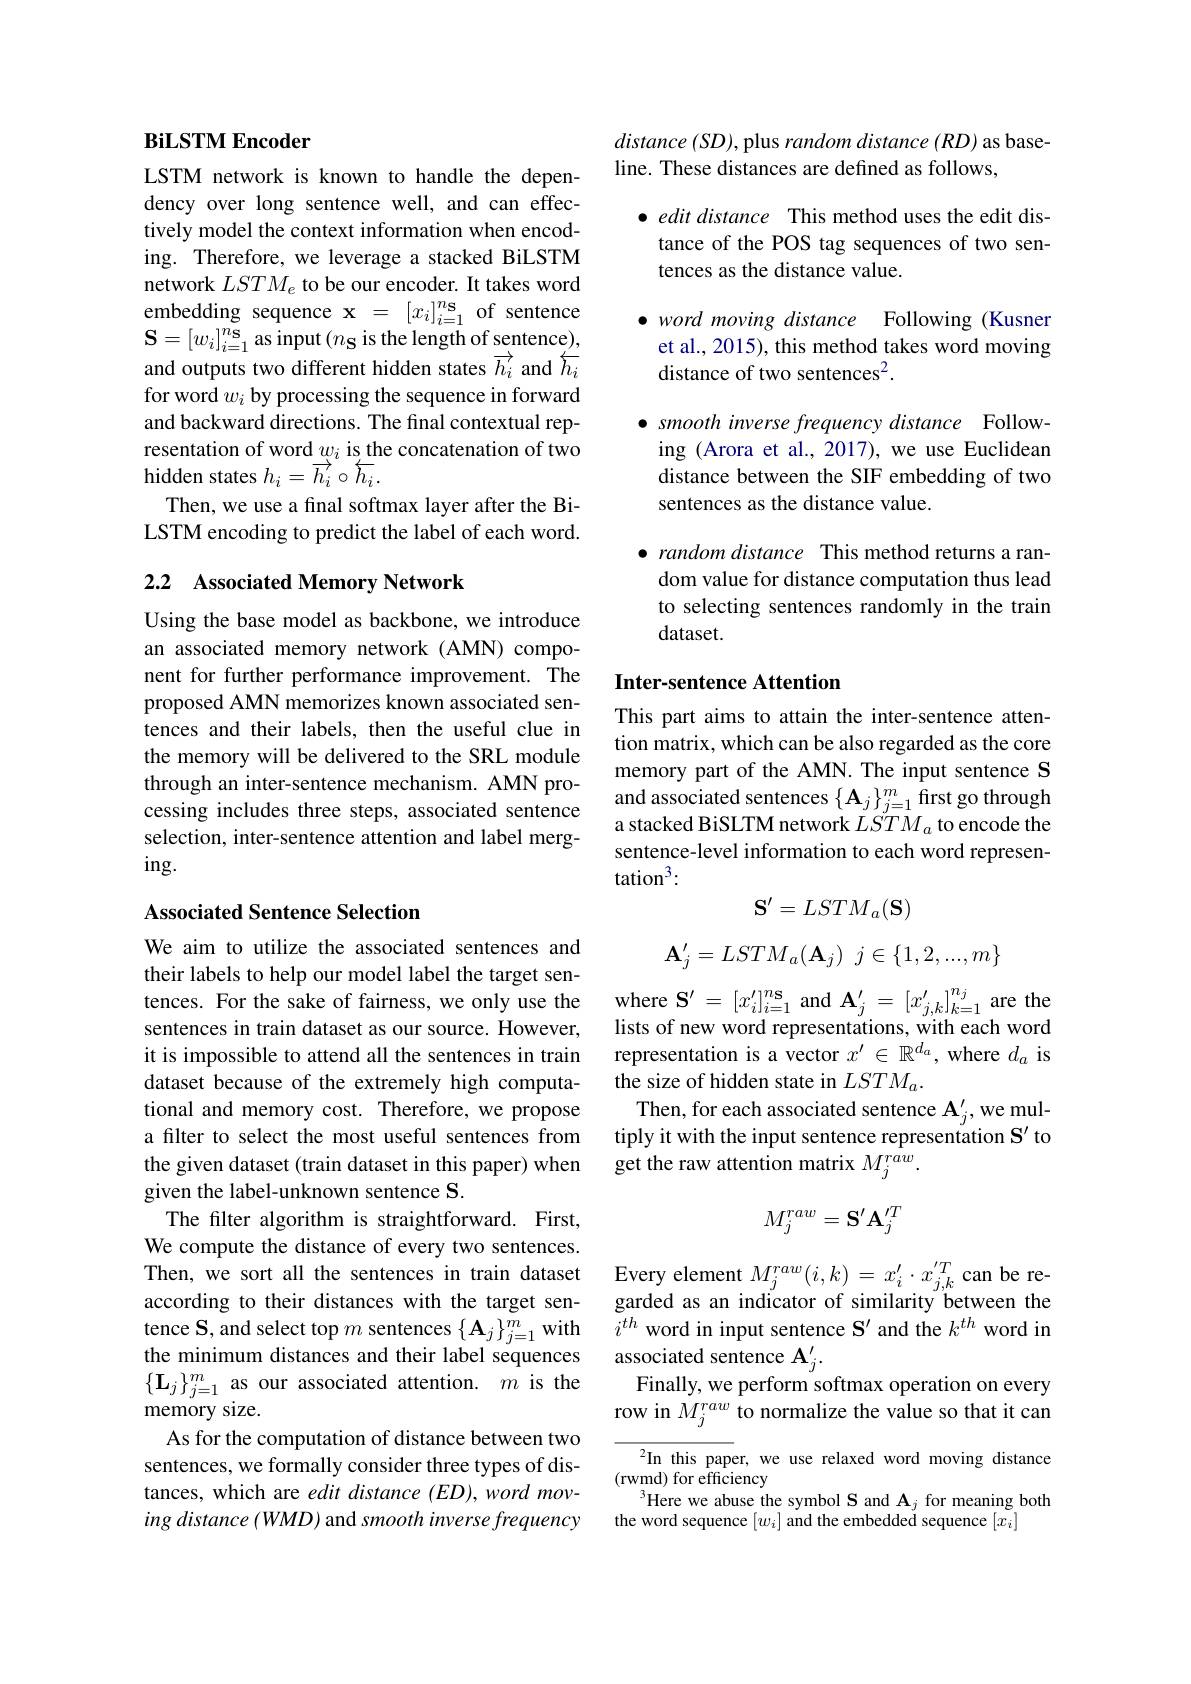
BiLSTM Encoder

LSTM network is known to handle the dependency over long sentence well, and can effectively model the context information when encoding. Therefore, we leverage a stacked BiLSTM network $LSTM_e$ to be our encoder. It takes word embedding sequence x = [ $x_{i}] _{i= 1}^{n\mathbf{s} }$ of sentence $\mathbf{S}=[w_{i}]_{i=1}^{n\mathbf{s}}$ as input$(n_\mathbf{S}$ is the length of sentence), $\to$ $\leftarrow$ and outputs two different hidden states $\overrightarrow{h_{i}}$ and $\overleftarrow{h_{i}}$ for word $w_i$ by processing the sequence in forward and backward directions. The final contextual representation of word $w_i\underset{\operatorname*{\longrightarrow}}{\operatorname*{\operatorname*{is}}}$ the concatenation of two hidden states $h_i=\overrightarrow{h_i}\circ\overleftarrow{h_i}.$
Then, we use a final softmax layer after the BiLSTM encoding to predict the label of each word.

## 2.2 Associated Memory Network

Using the base model as backbone, we introduce an associated memory network (AMN) component for further performance improvement. The proposed AMN memorizes known associated sentences and their labels, then the useful clue in the memory will be delivered to the SRL module through an inter-sentence mechanism. AMN processing includes three steps, associated sentence selection, inter-sentence attention and label merg- $ing.$

### Associated Sentence Selection

We aim to utilize the associated sentences and their labels to help our model label the target sentences. For the sake of fairness, we only use the sentences in train dataset as our source. However, it is impossible to attend all the sentences in train dataset because of the extremely high computational and memory cost. Therefore, we propose a filter to select the most useful sentences from the given dataset (train dataset in this paper) when given the label-unknown sentence S.
The filter algorithm is straightforward. First, We compute the distance of every two sentences. Then, we sort all the sentences in train dataset according to their distances with the target sentence S, and select top $m$ sentences $\{\mathbf{A}_j\}_{j=1}^{m}$ with the minimum distances and their label sequences $\{\mathbf{L}_j\}_{j=1}^m$as our associated attention.$m$ is the memory size.
As for the computation of distance between two sentences, we formally consider three types of distances, which are edit distance (ED), word moving distance (WMD) and smooth inverse frequency

distance (SD), plus random distance (RD) as base-
line. These distances are defined as follows,

$\bullet \textit{edit distance This method uses the edit dis- }$ tance of the POS tag sequences of two sentences as the distance value.

$\bullet wordmoving$ distance Following (Kusner et al., 2015), this method takes word moving distance of two sentences$^2.$

$\bullet$ smooth inverse frequency distance Following (Arora et al.,2017), we use Euclidean distance between the SIF embedding of two sentences as the distance value.

$\bullet$ random distance This method returns a random value for distance computation thus lead to selecting sentences randomly in the train dataset.

### Inter-sentence Attention

This part aims to attain the inter-sentence attention matrix, which can be also regarded as the core memory part of the AMN. The input sentence S and associated sentences $\{\mathbf{A}_j\}_{j=1}^m$ first go through a stacked BiSLTM network $LSTM_{a}$ to encode the sentence-level information to each word represen- $\tan^{3}:$
$$\mathbf{S}^{\prime}=LSTM_a(\mathbf{S})$$
$$\mathbf{A}_{j}^{\prime}=LSTM_{a}(\mathbf{A}_{j})\:j\in\{1,2,...,m\}$$
where $\mathbf{S} ^{\prime }= [ x_{i}^{\prime }] _{i= 1}^{n\mathbf{s} }$and$\mathbf{A}_j^{\prime}=[x_{j,k}^{\prime}]_{k=1}^{n_j}$are the lists of new word representations, with each word representation is a vector $x^\prime\in\mathbb{R}^{d_a}$, where $d_a$ is the size of hidden state in $LSTM_a.$
Then, for each associated sentence $\mathbf{A}_j^{\prime}$,we multiply it with the input sentence representation S' to get the raw attention matrix $M_j^{raw}.$
$$M_j^{raw}=\mathbf{S}'\mathbf{A}_j^{\prime T}$$
Every element $M_{j}^{raw}(i,k)=x_{i}^{\prime}\cdot x_{j,k}^{\prime T}$ can be re garded as an indicator of similarity between the $i^{th}$ word in input sentence $\mathbf{S}^\prime$ and the $k^th$ word in associated sentence $\mathbf{A}_j^{\prime}.$
Finally, we perform softmax operation on every row in $M_j^{raw}$ to normalize the value so that it can
In this paper, we use relaxed word moving distance
(rwmd) for efficiency
$^{3}$Here we abuse the symbol S and A$_j$ for meaning both
the word sequence $[w_i]$ and the embedded sequence $[x_i]$